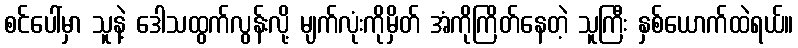
စင်ပေါ်မှာ သူနဲ့ ဒေါသထွက်လွန်းလို့ မျက်လုံးကိုမှိတ် အံကိုကြိတ်နေတဲ့ သူကြီး နှစ်ယောက်ထဲရယ်။